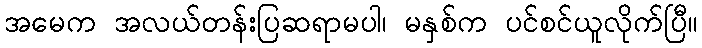
အမေက အလယ်တန်းပြဆရာမပါ၊ မနှစ်က ပင်စင်ယူလိုက်ပြီ။